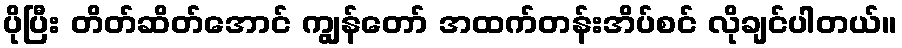
ပိုပြီး တိတ်ဆိတ်အောင် ကျွန်တော် အထက်တန်းအိပ်စင် လိုချင်ပါတယ်။